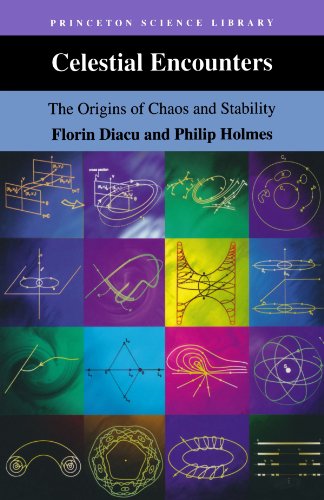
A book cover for Celestial Encounters; Florin Diacu; Science & Math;